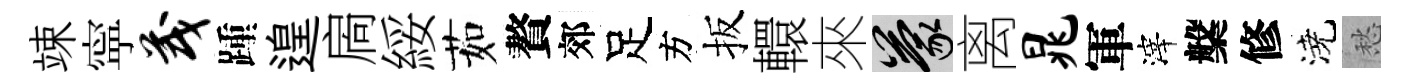
竦寜茂踵遑扄綏茹贅郊足方扳轘來蒙离晁軍滓槃修澆愁